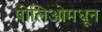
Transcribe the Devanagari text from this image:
पोलिओमधून